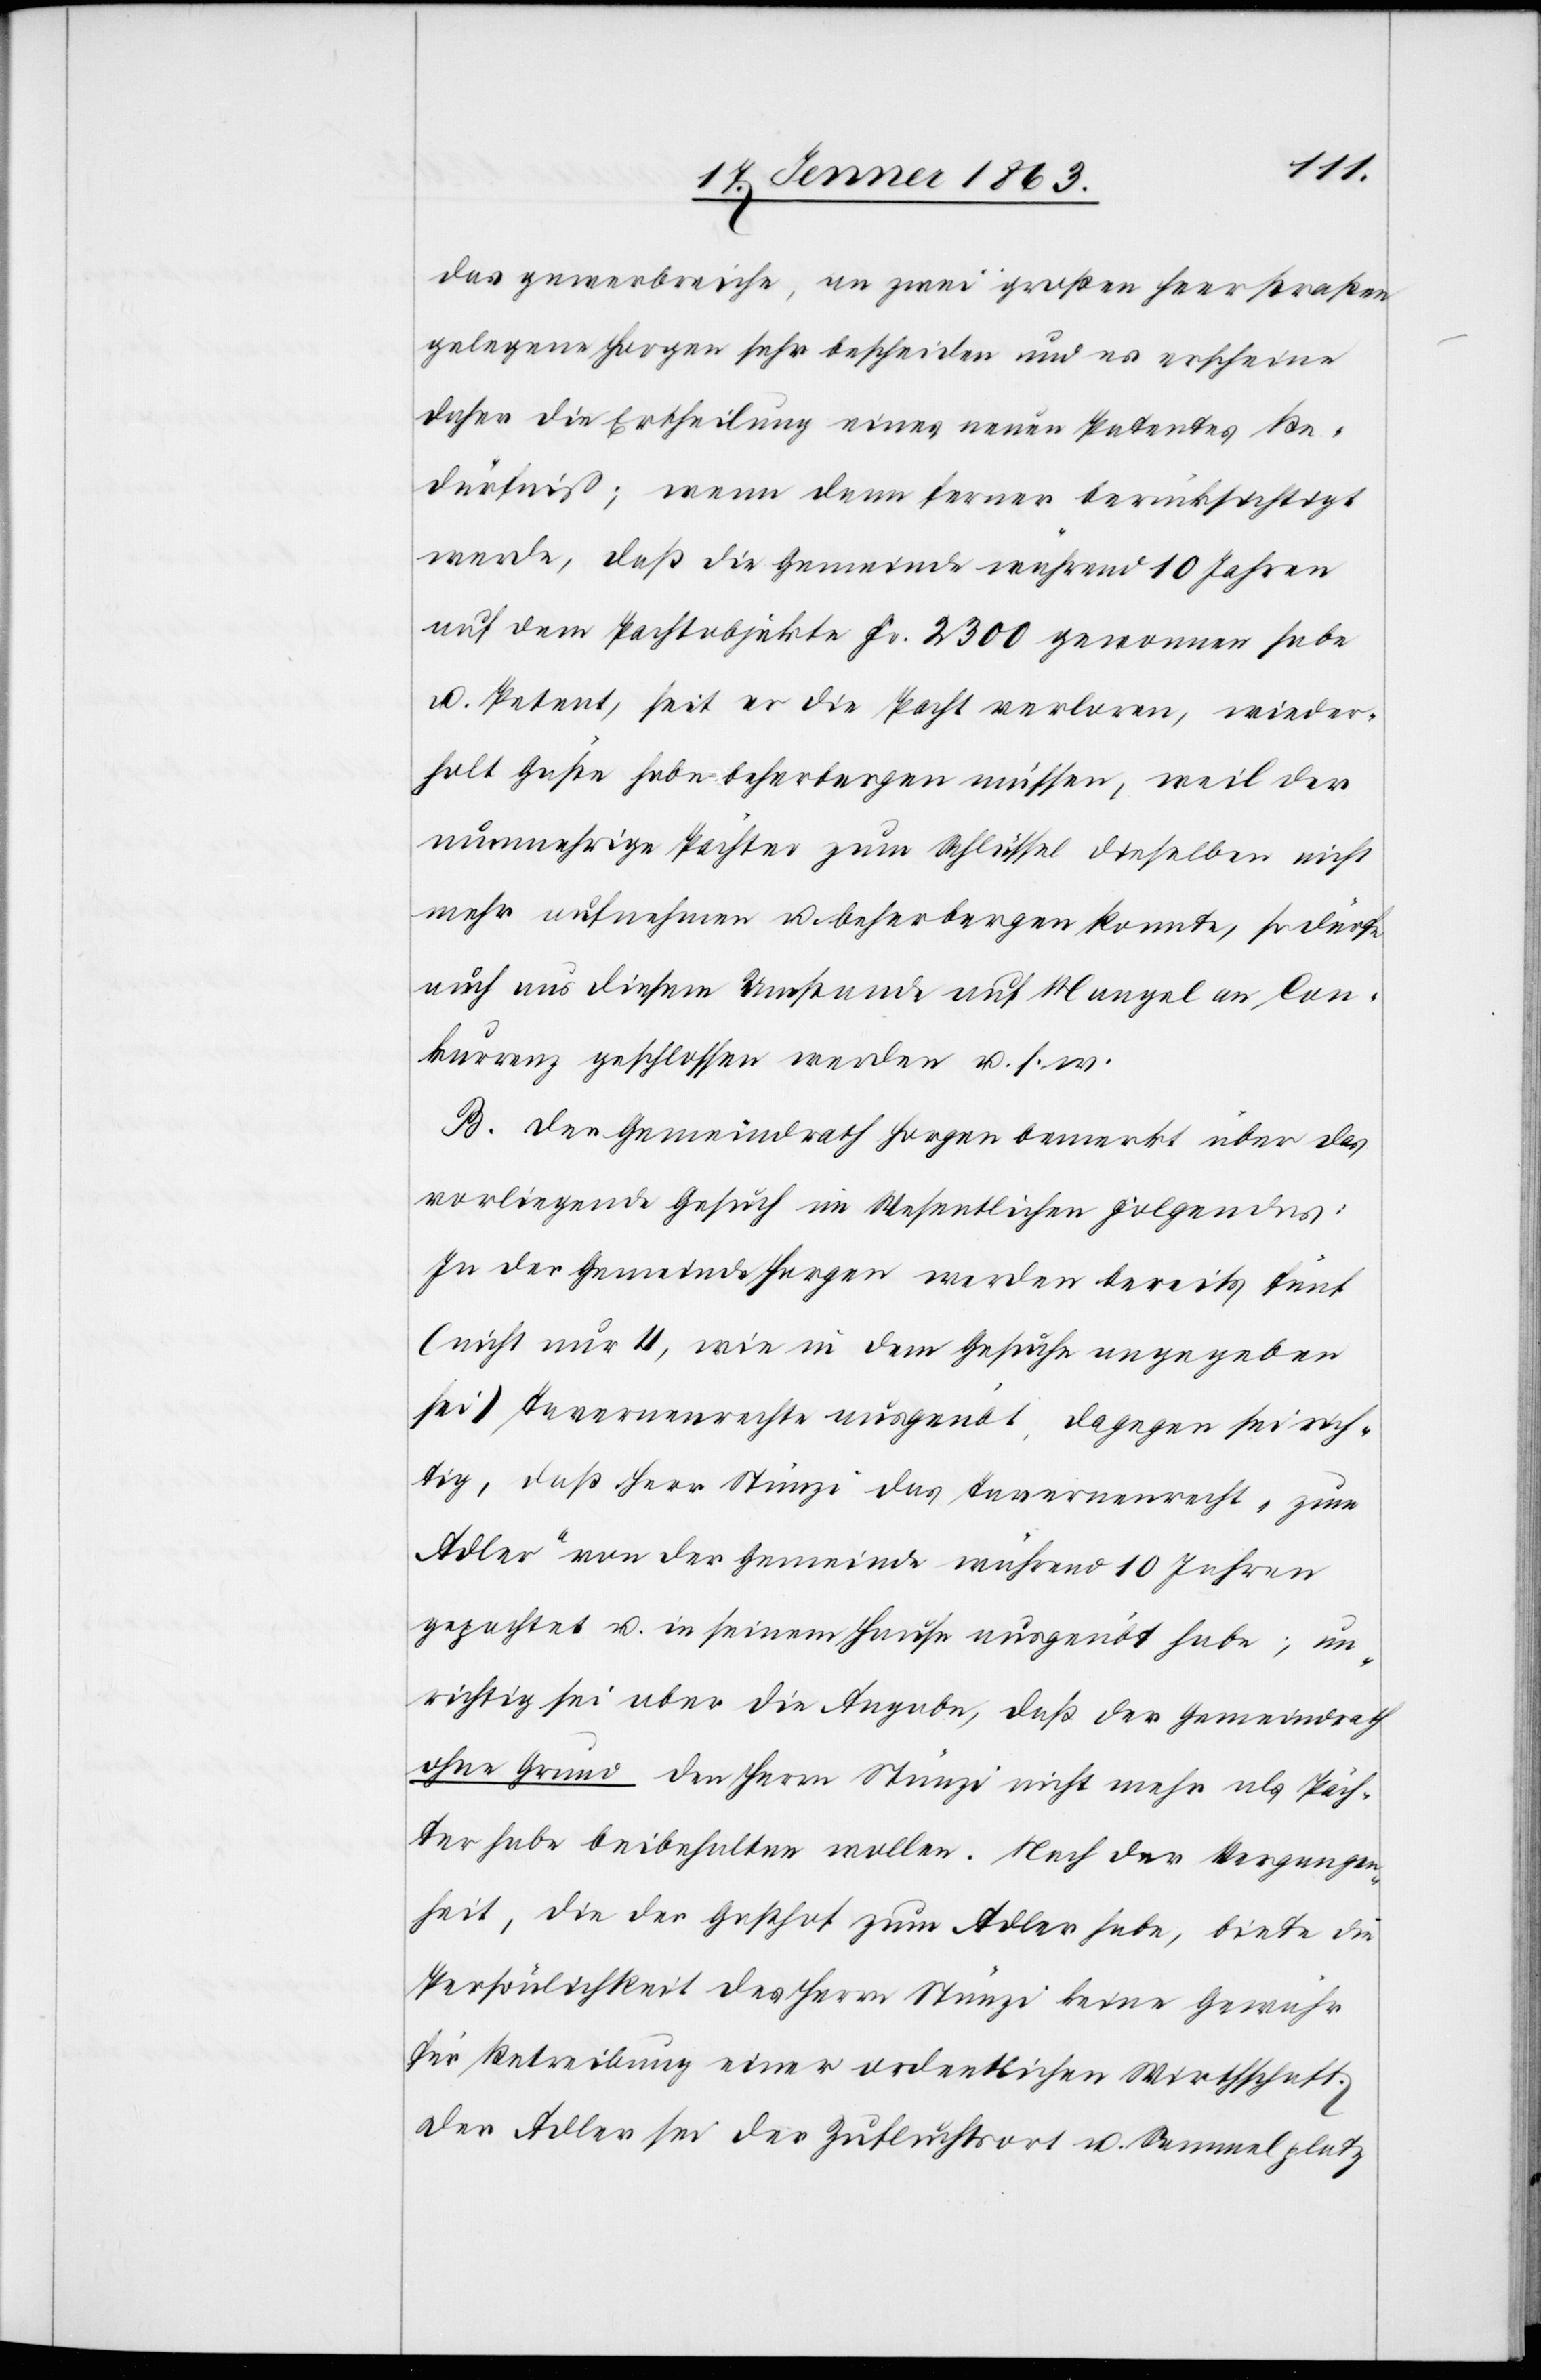
das gewerbreiche, an zwei großen Heerstraßen
gelegenen Horgen sehr bescheiden und es erschiene
daher die Ertheilung eines neuen Patentes Be¬
dürfniß; wenn denn ferner berücksichtigt
werde, daß die Gemeinde während 10 Jahren
auf dem Pachtobjekte Fr. 2300 gewonnen habe
u. Petent, seit er die Pacht verloren, wieder¬
holt Gäste habe beherbergen müssen, weil der
nunmehrige Pächter zum Schlüssel dieselben nicht
mehr aufnehmen u. beherbergen konnte, so dürfe
auch aus diesem Umstande auf Mangel an Con¬
kurrenz geschlossen werden u. s. w.
B. Der Gemeindrath Horgen bemerkt über das
vorliegende Gesuch im Wesentlichen Folgendes:
In der Gemeinde Horgen werden bereits fünf
(nicht nur 4, wie in dem Gesuche angegeben
sei) Tavernenrechte ausgeübt, dagegen sei rich¬
tig, daß Herr Stünzi das Tavernenrecht „zum
Adler“ von der Gemeinde während 10 Jahren
gepachtet u. in seinem Hause ausgeübt habe; un¬
richtig sei aber die Angabe, daß der Gemeindrath
ohne Grund den Herrn Stünzi nicht mehr als Päch¬
ter habe beibehalten wollen. Nach der Vergangen¬
heit, die der Gasthof zum Adler habe, biete die
Persönlichkeit des Herrn Stünzi keine Gewähr
für Betreibung einer ordentlichen Wirthschaft.
Der Adler sei der Zufluchtsort u. Sammelplatz